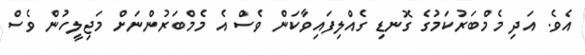
އެވެ. އަދި މެމްބަރުކަމުގެ ގޮނޑި ގެއްލިފައިވާކަން ވެސް އެ މެމްބަރުންނަށް މަޖިލީހުން ވެސް